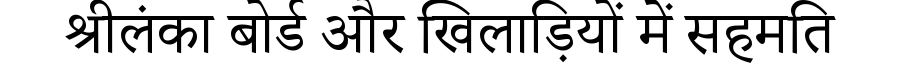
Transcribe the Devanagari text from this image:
श्रीलंका बोर्ड और खिलाड़ियों में सहमति